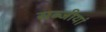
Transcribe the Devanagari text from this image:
सब्जीयां